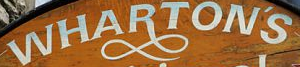
WHARTONS